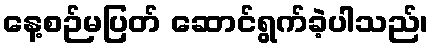
နေ့စဉ်မပြတ် ဆောင်ရွက်ခဲ့ပါသည်၊